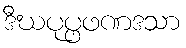
ဒီဃပုပ္ဖဖဏဒသာ